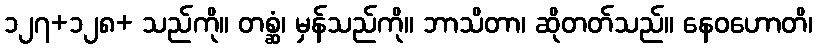
၁၂၇+၁၂၈+ သည်ကို။ တစ္ဆံ၊ မှန်သည်ကို။ ဘာသိတာ၊ ဆိုတတ်သည်။ နေဝဟောတိ၊